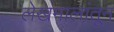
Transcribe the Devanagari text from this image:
लेखमालांतून